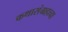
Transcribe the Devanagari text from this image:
कथासंग्रहाचा